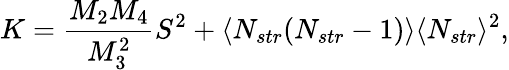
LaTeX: K=\frac{M_{2}M_{4}}{M_{3}^{2}}S^{2}+\langle N_{str}(N_{str}-1)\rangle\langle N_{str}\rangle^{2},